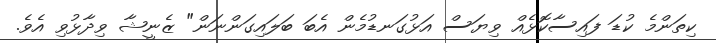
ކިތަންމެ ކުޑަ ފައިސާކޮޅެއް ވިޔަސް އަޅުގަނޑުމެން އެބަ ބަލައިގަންނަން" ޒެނީޝާ ވިދާޅުވި އެވެ.